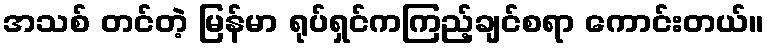
အသစ် တင်တဲ့ မြန်မာ ရုပ်ရှင်ကကြည့်ချင်စရာ ကောင်းတယ်။